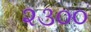
૨૩૦૦